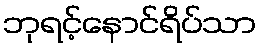
ဘုရင့်နောင်ရိပ်သာ